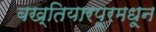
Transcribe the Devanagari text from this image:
बख्तियारपूरमधून